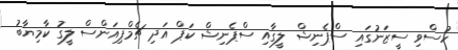
ހުސްވި ސީޒަނުގައި ސްޕެނިޝް ލީގާއި ސްޕެނިޝް ކަޕް އަދި ޗެމްޕިއަންސް ލީގު ކާމިޔާބު